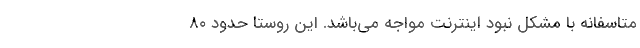
متاسفانه با مشکل‌ نبود اینترنت مواجه‌ می‌باشد. این روستا حدود ۸۰